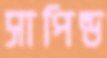
সাপিন্ড